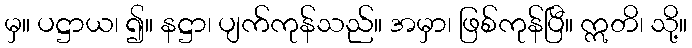
မှ။ ပဋ္ဌာယ၊ ၍။ နဋ္ဌာ၊ ပျက်ကုန်သည်။ အမှာ၊ ဖြစ်ကုန်ပြီ။ ဣတိ၊ သို့။